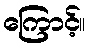
ကြောင့်။